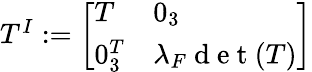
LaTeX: \begin{array}{r}{T^{I}:=\left[\begin{array}{ll}{T}&{0_{3}}\\ {0_{3}^{T}}&{\lambda_{F}\mathrm{~d~e~t~}(T)}\end{array}\right]}\end{array}